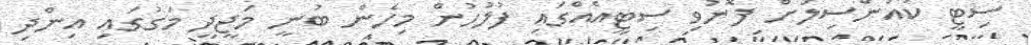
ސިޓީ ކައުންސިލަށް ފޮނުވި ސިޓީއެއްގައި ފުލުހުން މިހެން ބުނީ މަޖީދީ މަގުގައި އިންދި